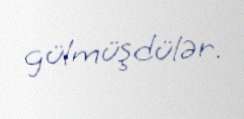
gülmüşdülər.